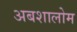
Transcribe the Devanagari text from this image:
अबशालोम